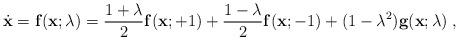
LaTeX: \begin{align*}\dot{\bf x}={\bf f}({\bf x};\lambda)=\frac{1+\lambda}2{\bf f}({\bf x};+1)+\frac{1-\lambda}2{\bf f}({\bf x};-1)+(1-\lambda^2){\bf g}({\bf x};\lambda)\;,\end{align*}